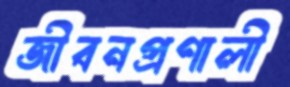
জীবনপ্রণালী